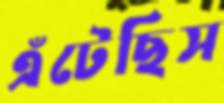
এঁটেছিস